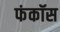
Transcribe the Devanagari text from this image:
फंकॉस